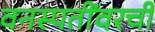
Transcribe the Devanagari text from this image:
वनस्पतींवरची